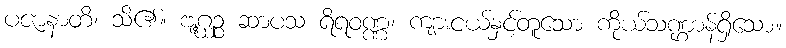
ပဇာနာတိ၊ သိ၏။ ဗျဂ္ဃဉ္စ ဆာပသ ရိရဝဏ္ဏ၊ ကျားငယ်နှင့်တူသော ကိုယ်သဏ္ဌာန်ရှိသော။